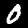
Label: 0